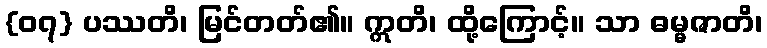
{၀၇} ပဿတိ၊ မြင်တတ်၏။ ဣတိ၊ ထို့ကြောင့်။ သာ ဓမ္မဇာတိ၊